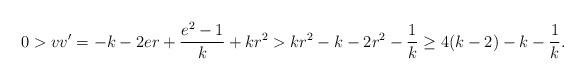
LaTeX: \begin{align*} 0>vv'=-k-2er+\frac{e^{2}-1}{k}+kr^{2} > kr^{2}-k-2r^{2}-\frac{1}{k} \geq 4(k-2)-k-\frac{1}{k}.\end{align*}